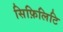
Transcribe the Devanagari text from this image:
सिफ़िलिटि